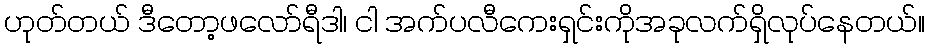
ဟုတ်တယ် ဒီတော့ဖလော်ရီဒါ၊ ငါ အက်ပလီကေးရှင်းကိုအခုလက်ရှိလုပ်နေတယ်။